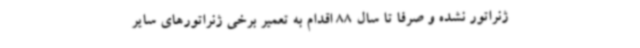
ژنراتور نشده و صرفاً تا سال 88 اقدام به تعمیر برخی ژنراتورهای سایر